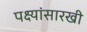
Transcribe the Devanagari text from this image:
पक्ष्यांसारखी